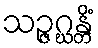
သဉ္ဇဂ္ဃန္တိံ